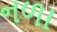
નળા